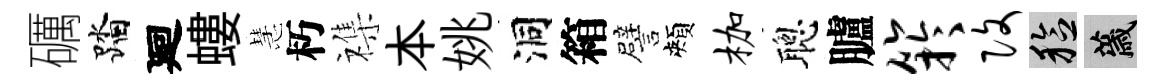
礪踏廻螻慧朽襍本姚洞箱譬頰枷聰臚竽改稔薉